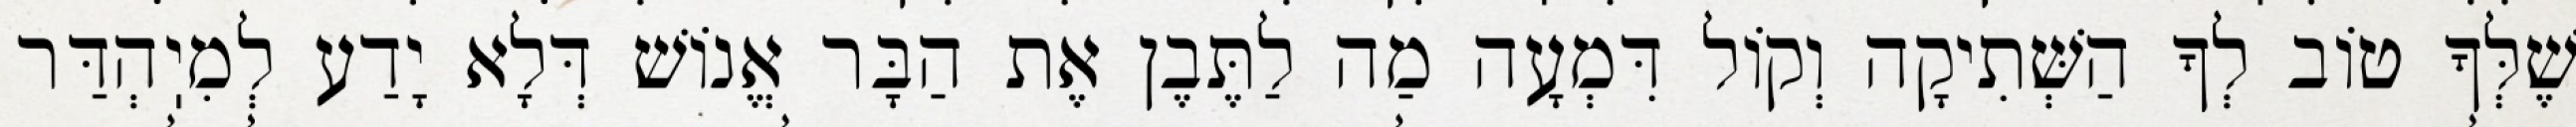
שֶׁלְּךָ טוֹב לְךָ הַשְּׁתִיקָה וְקוֹל דִּמְעָה מַה לַתֶּבֶן אֶת הַבָּר אֱנוֹשׁ דְּלָא יָדַע לְמִיֽהְדַּר